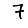
Digit: 7